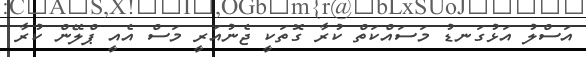
އަސްލު އަޅުގަނޑު މަސައްކަތް ކުރާ ގޮތަކީ ޖެނުއަރީ މަސް އެއީ ޕްލޭން ކުރާ